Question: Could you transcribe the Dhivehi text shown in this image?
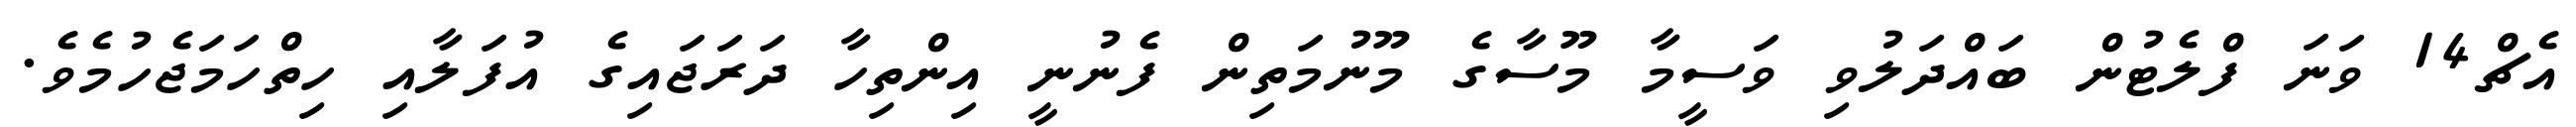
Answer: އެޗް14 ވަނަ ފްލެޓުން ބައްދަލުވި ވަސީމާ މޫސާގެ މޫނުމަތިން ފެނުނީ އިންތިހާ ދަރަޖައިގެ އުފަލާއި ހިތްހަމަޖެހުމެވެ.